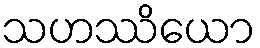
သဟဿိယော